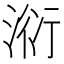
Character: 𣶹